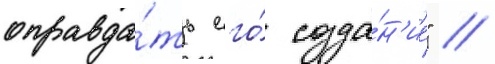
оправда́ть его́ созда́н'ие" //